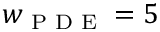
w _ { \textrm { P D E } } = 5